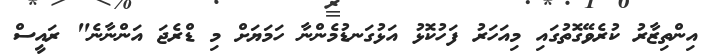
އިންތިޒާރު ކުރެވޭގޮތުގައި މިއަހަރު ފަހުކޮޅު އަޅުގަނޑުމެންނާ ހަމަޔަށް މި ޑްރެޖަ އަންނާނެ" ރައީސް